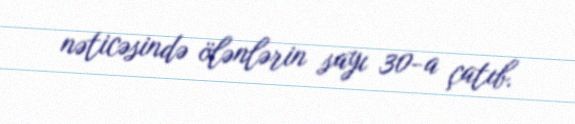
nəticəsində ölənlərin sayı 30-a çatıb.